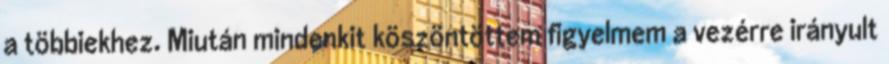
a többiekhez. Miután mindenkit köszöntöttem figyelmem a vezérre irányult